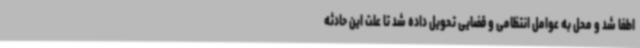
اطفا شد و محل به عوامل انتظامی و قضایی تحویل داده شد تا علت این حادثه